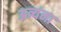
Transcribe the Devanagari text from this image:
अत्र्यंना